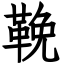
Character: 鞔